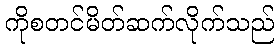
ကိုစတင်မိတ်ဆက်လိုက်သည်